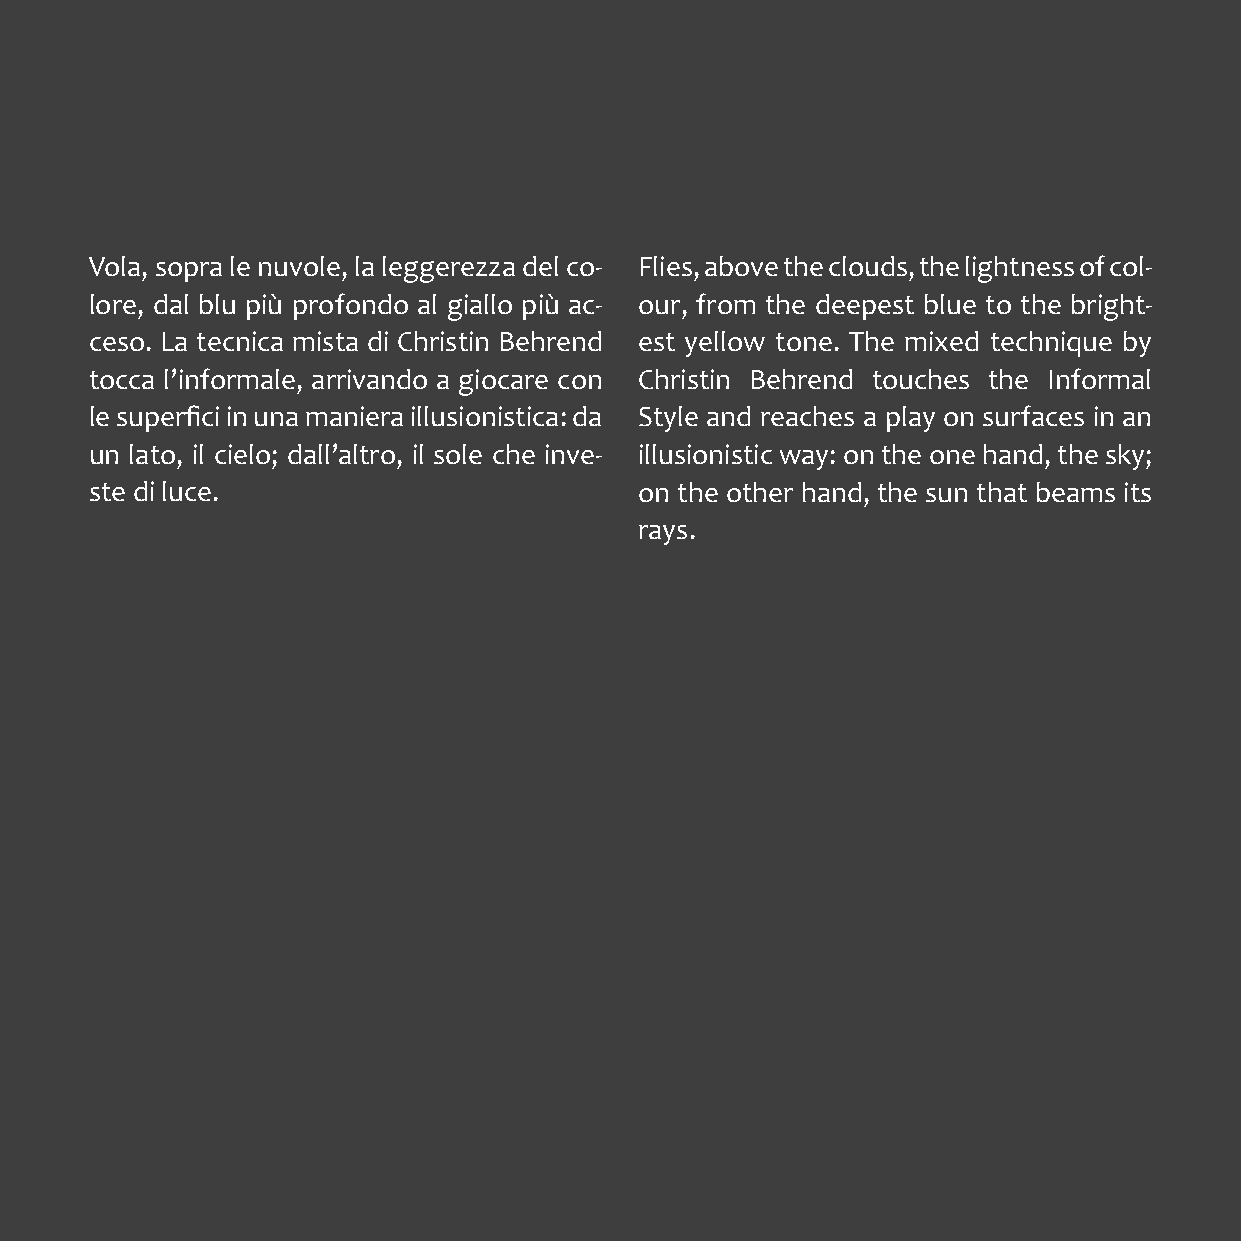
Vola, sopra le nuvole, la leggerezza del co- Flies, above the clouds, the lightness of col-
 lore, dal blu più profondo al giallo più ac- our, from the deepest blue to the bright-
 ceso. La tecnica mista di Christin Behrend est yellow tone. The mixed technique by
 tocca l’informale, arrivando a giocare con Christin Behrend touches the Informal
 le superfici in una maniera illusionistica: da Style and reaches a play on surfaces in an
 un lato, il cielo; dall’altro, il sole che inve- illusionistic way: on the one hand, the sky;
 ste di luce.                        on the other hand, the sun that beams its
 rays.